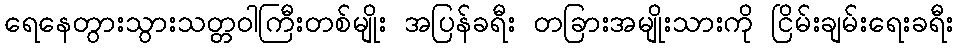
ရေနေတွားသွားသတ္တဝါကြီးတစ်မျိုး အပြန်ခရီး တခြားအမျိုးသားကို ငြိမ်းချမ်းရေးခရီး